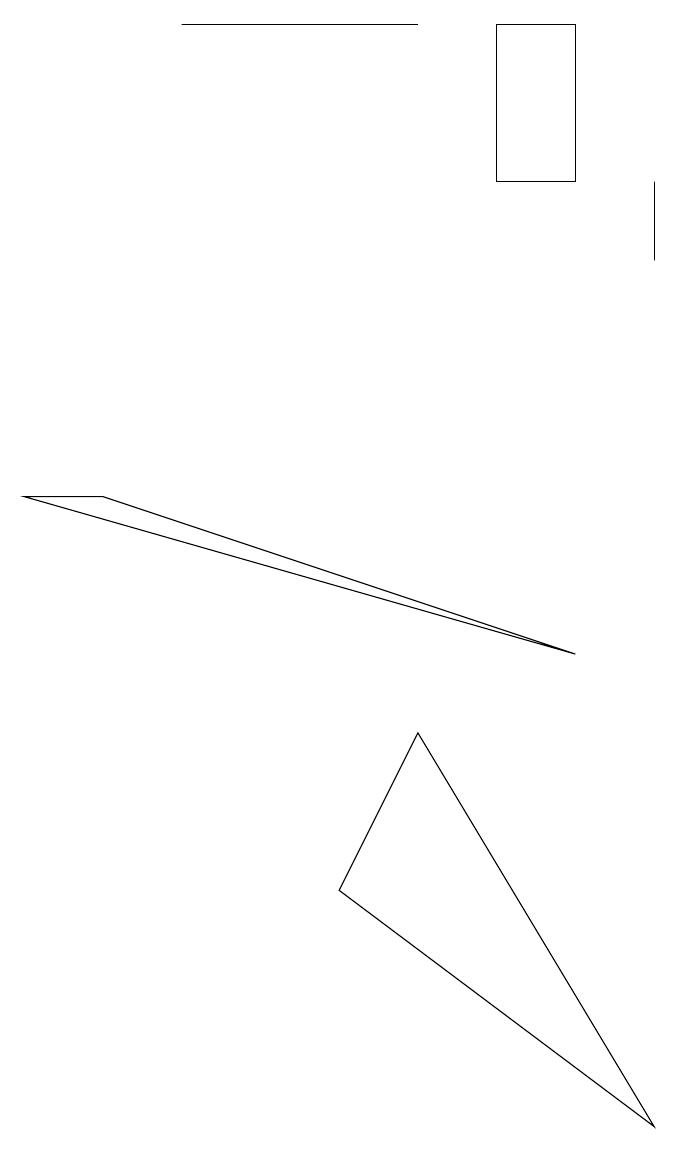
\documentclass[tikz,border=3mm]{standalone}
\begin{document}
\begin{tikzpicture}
\draw (6,13) rectangle (7,15);
\draw (5,6) -- (8,1) -- (4,4) -- cycle;
\draw (2,15) rectangle (5,15);
\draw (8,12) rectangle (8,13);
\draw (7,7) -- (0,9) -- (1,9) -- cycle;
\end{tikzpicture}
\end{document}